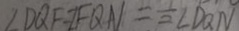
\angle D Q F = \angle F Q N = \frac { 1 } { 2 } \angle D Q N